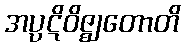
အပ္ပဋိဝိဇ္ဈတောတိ